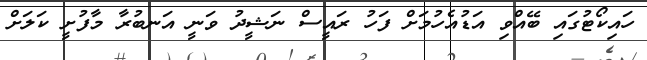
ހައިކޯޓުގައި ބޭއްވި އަޑުއެހުމަށް ފަހު ރައީސް ނަޝީދު ވަނީ އަނބުރާ މާފުށީ ކަލަށް